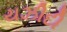
યઝીદી